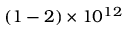
( 1 - 2 ) \times 1 0 ^ { 1 2 }